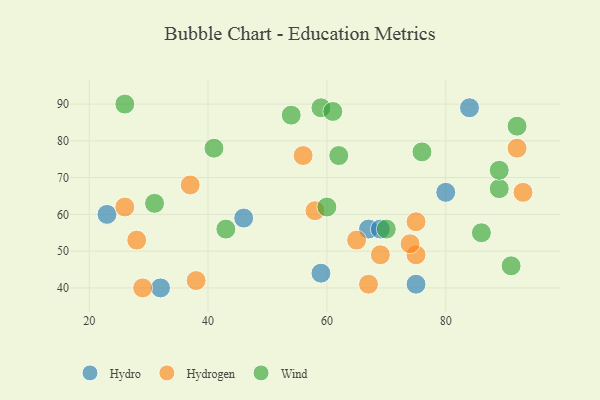
{"axis": {"x": "GDP", "y": "Life Expectancy"}, "legend": ["Hydro", "Hydrogen", "Wind"], "data": [{"x": "67", "y": 56, "type": "Hydro"}, {"x": "75", "y": 41, "type": "Hydro"}, {"x": "59", "y": 44, "type": "Hydro"}, {"x": "84", "y": 89, "type": "Hydro"}, {"x": "46", "y": 59, "type": "Hydro"}, {"x": "69", "y": 56, "type": "Hydro"}, {"x": "32", "y": 40, "type": "Hydro"}, {"x": "80", "y": 66, "type": "Hydro"}, {"x": "23", "y": 60, "type": "Hydro"}, {"x": "38", "y": 42, "type": "Hydrogen"}, {"x": "26", "y": 62, "type": "Hydrogen"}, {"x": "56", "y": 76, "type": "Hydrogen"}, {"x": "28", "y": 53, "type": "Hydrogen"}, {"x": "69", "y": 49, "type": "Hydrogen"}, {"x": "75", "y": 49, "type": "Hydrogen"}, {"x": "65", "y": 53, "type": "Hydrogen"}, {"x": "75", "y": 58, "type": "Hydrogen"}, {"x": "92", "y": 78, "type": "Hydrogen"}, {"x": "74", "y": 52, "type": "Hydrogen"}, {"x": "37", "y": 68, "type": "Hydrogen"}, {"x": "29", "y": 40, "type": "Hydrogen"}, {"x": "67", "y": 41, "type": "Hydrogen"}, {"x": "93", "y": 66, "type": "Hydrogen"}, {"x": "58", "y": 61, "type": "Hydrogen"}, {"x": "31", "y": 63, "type": "Wind"}, {"x": "62", "y": 76, "type": "Wind"}, {"x": "54", "y": 87, "type": "Wind"}, {"x": "59", "y": 89, "type": "Wind"}, {"x": "41", "y": 78, "type": "Wind"}, {"x": "91", "y": 46, "type": "Wind"}, {"x": "43", "y": 56, "type": "Wind"}, {"x": "89", "y": 67, "type": "Wind"}, {"x": "26", "y": 90, "type": "Wind"}, {"x": "89", "y": 72, "type": "Wind"}, {"x": "70", "y": 56, "type": "Wind"}, {"x": "60", "y": 62, "type": "Wind"}, {"x": "76", "y": 77, "type": "Wind"}, {"x": "61", "y": 88, "type": "Wind"}, {"x": "92", "y": 84, "type": "Wind"}, {"x": "86", "y": 55, "type": "Wind"}]}